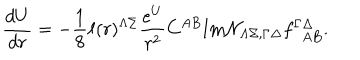
LaTeX: { \frac { d U } { d r } } = - { \frac { 1 } { 8 } } \ell ( r ) ^ { \Lambda \Sigma } { \frac { e ^ { U } } { r ^ { 2 } } } C ^ { A B } \mathrm { I m } { \cal N } _ { \Lambda \Sigma , \Gamma \Delta } f _ { ~ ~ A B } ^ { \Gamma \Delta } .